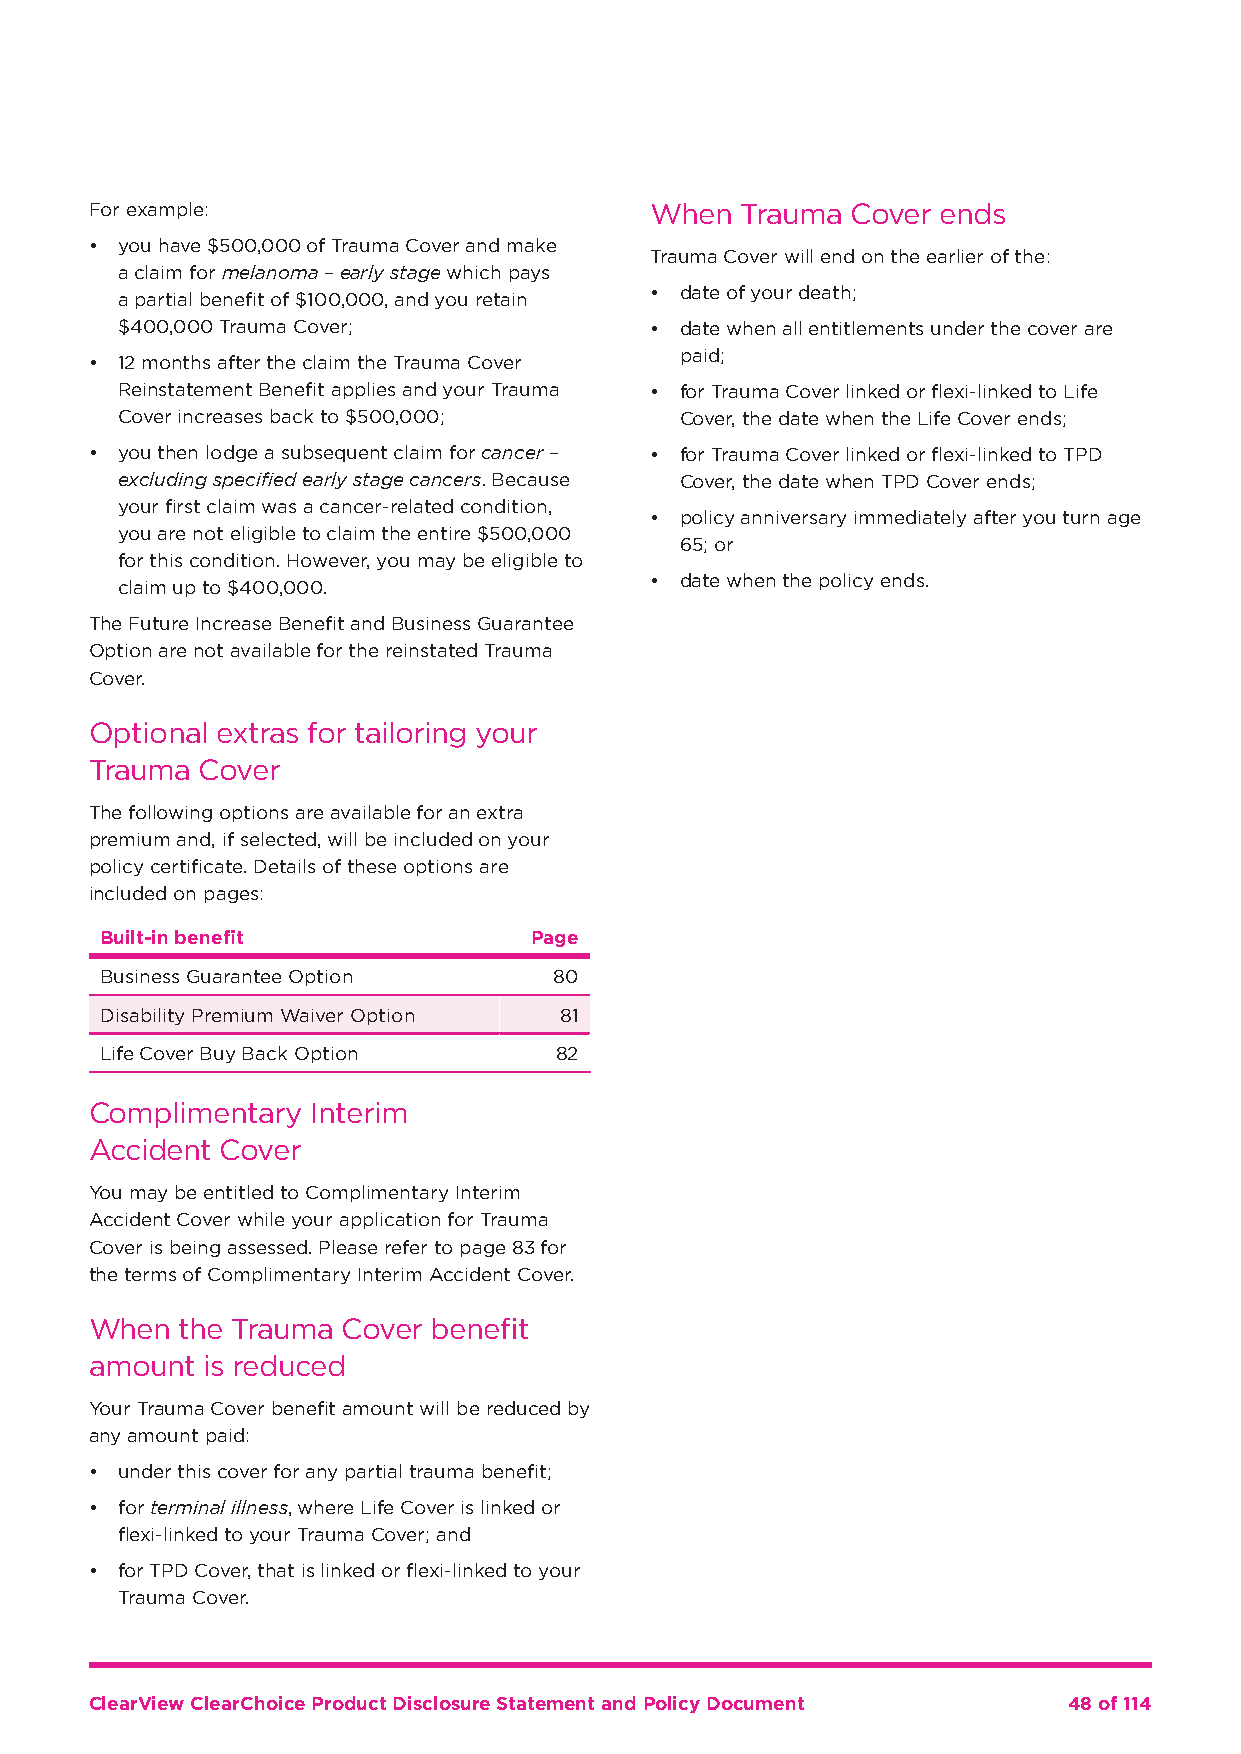
For example:                         When  Trauma Cover ends
 • you have $500,000 of Trauma Cover and make
 Trauma Cover will end on the earlier of the:
 a claim for melanoma – early stage which pays
 • date of your death;
 a partial benefit of $100,000, and you retain
 $400,000 Trauma Cover;             • date when all entitlements under the cover are
 paid;
 • 12 months after the claim the Trauma Cover
 Reinstatement Benefit applies and your Trauma • for Trauma Cover linked or flexi-linked to Life
 Cover increases back to $500,000;    Cover, the date when the Life Cover ends;
 • you then lodge a subsequent claim for cancer – • for Trauma Cover linked or flexi-linked to TPD
 excluding specified early stage cancers. Because Cover, the date when TPD Cover ends;
 your first claim was a cancer-related condition,
 • policy anniversary immediately after you turn age
 you are not eligible to claim the entire $500,000
 65; or
 for this condition. However, you may be eligible to
 • date when the policy ends.
 claim up to $400,000.
 The Future Increase Benefit and Business Guarantee
 Option are not available for the reinstated Trauma
 Cover.
 Optional extras for tailoring your
 Trauma Cover
 The following options are available for an extra
 premium and, if selected, will be included on your
 policy certificate. Details of these options are
 included on pages:
 Built-in benefit            Page
 Business Guarantee Option     80
 Disability Premium Waiver Option 81
 Life Cover Buy Back Option    82
 Complimentary  Interim
 Accident Cover
 You may be entitled to Complimentary Interim
 Accident Cover while your application for Trauma
 Cover is being assessed. Please refer to page 83 for
 the terms of Complimentary Interim Accident Cover.
 When  the Trauma Cover benefit
 amount is reduced
 Your Trauma Cover benefit amount will be reduced by
 any amount paid:
 • under this cover for any partial trauma benefit;
 • for terminal illness, where Life Cover is linked or
 flexi-linked to your Trauma Cover; and
 • for TPD Cover, that is linked or flexi-linked to your
 Trauma Cover.
 ClearView ClearChoice Product Disclosure Statement and Policy Document 48 of 114